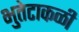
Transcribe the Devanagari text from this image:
भुतेटाकळी